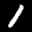
Label: 1